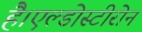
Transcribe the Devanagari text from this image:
है।एल्डोस्टीरोन